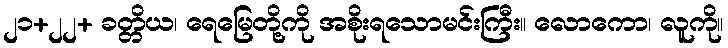
၂၁+၂၂+ ခတ္တိယ၊ ရေမြေတို့ကို အစိုးရသောမင်းကြီး။ လောကော၊ လူကို။